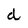
Character: d